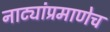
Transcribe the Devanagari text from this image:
नाट्यांप्रमाणेच